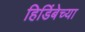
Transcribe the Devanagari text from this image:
हिडिंबेच्या